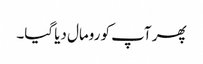
پھر آپ کو رومال دیا گیا۔